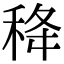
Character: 𥞜